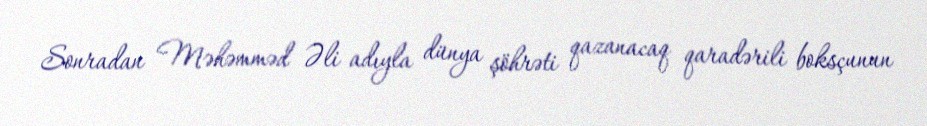
Sonradan Məhəmməd Əli adıyla dünya şöhrəti qazanacaq qaradərili boksçunun